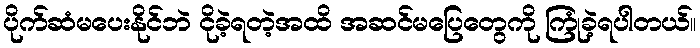
ပိုက်ဆံမပေးနိုင်ဘဲ ငိုခဲ့ရတဲ့အထိ အဆင်မပြေတွေကို ကြုံခဲ့ရပါတယ်။